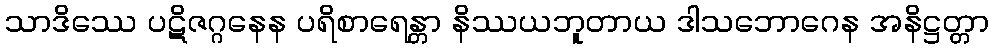
သာဒိဿေ ပဋိဇဂ္ဂနေန ပရိစာရေန္တာ နိဿယဘူတာယ ဒါသဘောဂေန အနိဋ္ဌတ္တာ